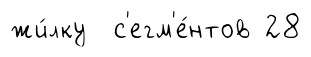
жи́лку с'егм'е́нтов 28